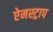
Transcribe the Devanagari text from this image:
ऐमस्ट्राप